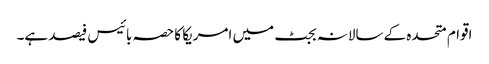
اقوام متحدہ کے سالانہ بجٹ میں امریکا کا حصہ بائیس فیصد ہے۔